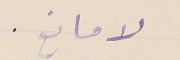
لا مانع.